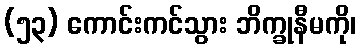
(၅၃) ကောင်းကင်သွား ဘိက္ခုနီမကို၊